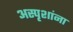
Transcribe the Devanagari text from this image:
अस्पृशांना